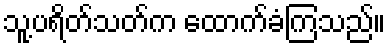
သူ့ပရိတ်သတ်က ထောက်ခံကြသည်။